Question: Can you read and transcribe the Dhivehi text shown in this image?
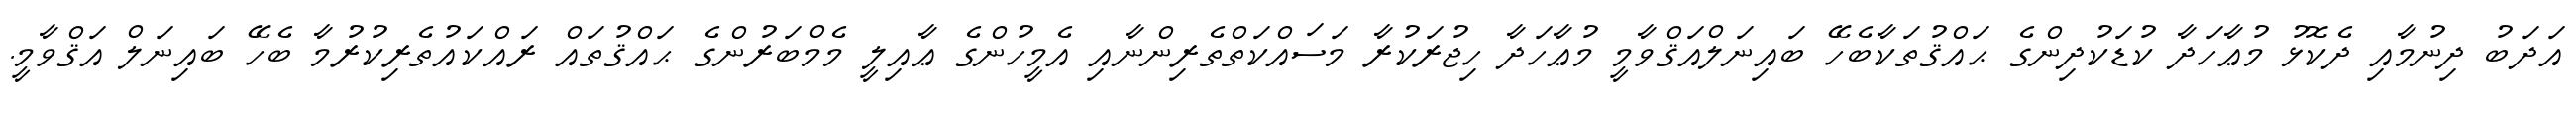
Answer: އަދަބު ދިނުމާއި ދެކޮޅު މުޢާހަދާ ކުޑަކުދިންގެ ޙައްޤުތަކާބެހޭ ބައިނަލްއަޤްވާމީ މުޢާހަދާ ހިޖުރަކުރާ މަސައްކަތްތެރިންނާއި އެމީހުންގެ ޢާއިލީ މެމްބަރުންގެ ޙައްޤުތައް ރައްކައުތެރިކުރުމާ ބެހޭ ބައިނަލް އަޤްވާމީ.